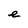
Character: e